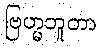
ဗြဟ္မဘူတာ